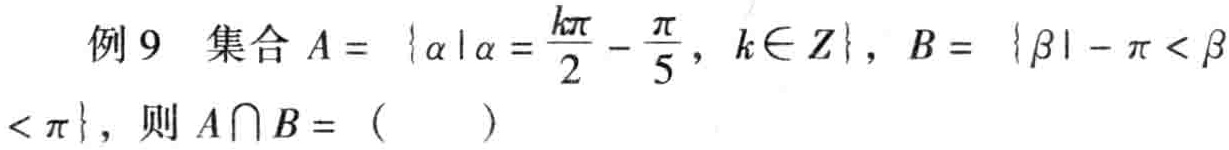
例9 集合\(A = \left\{\alpha\mid\alpha=\frac{k\pi}{2}-\frac{\pi}{5},k\in Z\right\}\)，\(B = \left\{\beta\mid -\pi<\beta<\pi\right\}\)，则\(A\cap B = (\quad)\)